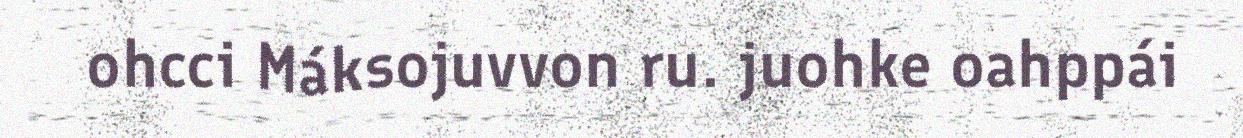
ohcci Máksojuvvon ru. juohke oahppái